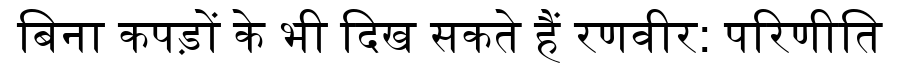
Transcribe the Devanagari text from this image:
बिना कपड़ों के भी दिख सकते हैं रणवीर: परिणीति